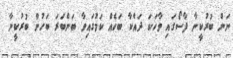
ނަން ބުރުކީނާ ފާސޯގައި ވާހަކަ ދައްކާ ބަހެއް ކަމުގައިވާ ބަންބަރަ ބަހުން ބުރުކީނާ